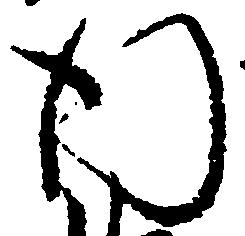
行